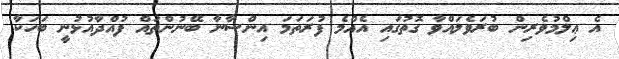
އެ ޢިލްމުވެރިން ބުރަވެލައްވާ ގޮތުގައި އެއްމެ ފުރަތަމަ އިންސާނާ ބޭނުންތައް ފުއްދާއުޅުނީ ބަހަކާ